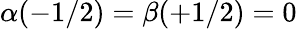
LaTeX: \alpha(-1/2)=\beta(+1/2)=0